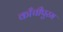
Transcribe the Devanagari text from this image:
काँचीपुरम